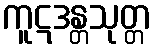
ကူဋဒန္တသုတ္တ